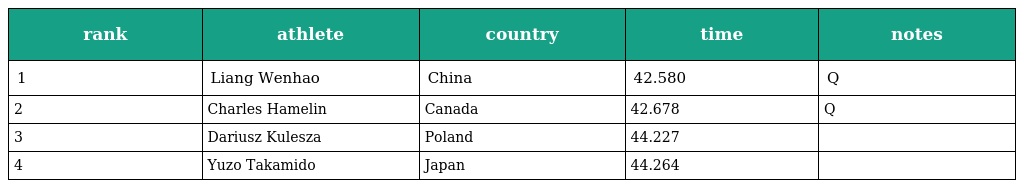
| rank | athlete | country | time | notes |
 | --- | --- | --- | --- | --- |
 | 1 | Liang Wenhao | China | 42.580 | Q |
 | 2 | Charles Hamelin | Canada | 42.678 | Q |
 | 3 | Dariusz Kulesza | Poland | 44.227 |  |
 | 4 | Yuzo Takamido | Japan | 44.264 |  |